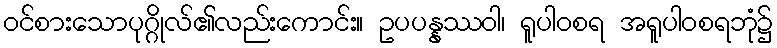
ဝင်စားသောပုဂ္ဂိုလ်၏လည်းကောင်း။ ဥပပန္နဿဝါ၊ ရူပါဝစရ အရူပါဝစရဘုံ၌